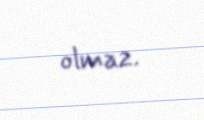
olmaz.